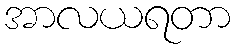
အာလယရတာ